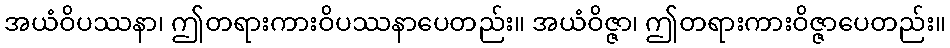
အယံဝိပဿနာ၊ ဤတရားကားဝိပဿနာပေတည်း။ အယံဝိဇ္ဇာ၊ ဤတရားကားဝိဇ္ဇာပေတည်း။